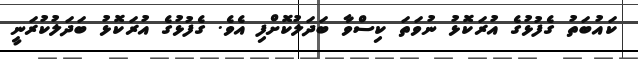
ކައުބަތު ގެފުޅުގެ އުރަކޮޅު ނުވަތަ ކިސްވާ ބަދަލުކޮށްފި އެވެ. ގެފުޅުގެ އުރަކޮޅު ބަދަލުކުރަނީ